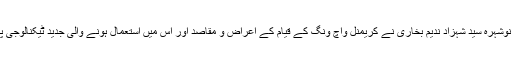
اس موقع پر ڈی پی او نوشہرہ سید شہزاد ندیم بخاری نے کریمنل واچ ونگ کے قیام کے اعراض و مقاصد اور اس میں استعمال ہونے والی جدید ٹیکنالوجی پر تفصیلی بریفنگ دی۔